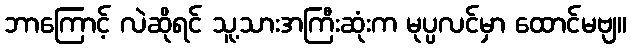
ဘာကြောင့် လဲဆိုရင် သူ့သားအကြီးဆုံးက မုပ္ပလင်မှာ ထောင်မဗျ။